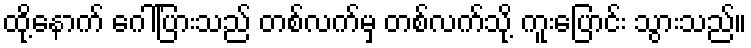
ထို့နောက် ဂေါ်ပြားသည် တစ်လက်မှ တစ်လက်သို့ ကူးပြောင်း သွားသည်။